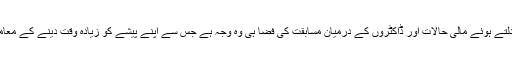
وہ کہتے ہیں کہ ہمارا خیال ہے کہ غالباً بدلتے ہوئے مالی حالات اور ڈاکٹروں کے درمیان مسابقت کی فضا ہی وہ وجہ ہے جس سے اپنے پیشے کو زیادہ وقت دینے کے معاملے میں ان کی حوصلہ شکنی ہو رہی ہے۔